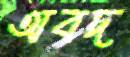
অবদ